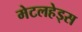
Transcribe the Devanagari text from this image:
मेटलहेड्स